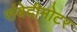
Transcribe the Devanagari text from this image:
संवेदीमोटर